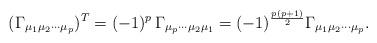
LaTeX: \begin{align*}(\Gamma_{\mu_{1}\mu_{2}\cdots\mu_{p}})^{T}=(-1)^{p}\,\Gamma_{\mu_{p}\cdots\mu_{2}\mu_{1}}=(-1)^{\frac{p(p+1)}{2}}\Gamma_{\mu_{1}\mu_{2}\cdots\mu_{p}}.\end{align*}